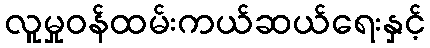
လူမှုဝန်ထမ်းကယ်ဆယ်ရေးနှင့်